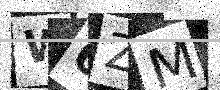
Text: W0ZM